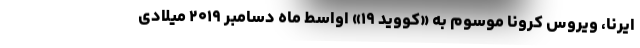
ایرنا، ویروس کرونا موسوم به «کووید ۱۹» اواسط ماه دسامبر ۲۰۱۹ میلادی